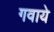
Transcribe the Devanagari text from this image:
गवाये